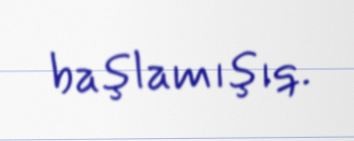
başlamışıq.